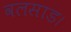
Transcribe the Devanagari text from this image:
वलसाड।